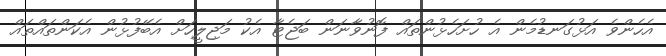
އެހެންވެ އަޅުގަނޑުމެން އެ ހުށަހެޅުންތައް ފޮނުވާނަން ބަޖެޓާ އެކު މަޖިލީހަށް އެބޭފުޅުން އެކަންތައްތައް